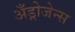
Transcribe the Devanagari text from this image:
अँड्रोजेन्स